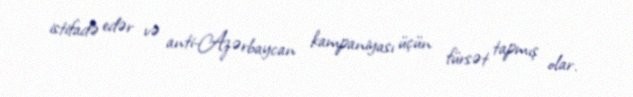
istifadə edər və anti-Azərbaycan kampaniyası üçün fürsət tapmış olar.